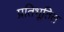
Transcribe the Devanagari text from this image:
प्रतिभूतित